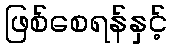
ဖြစ်စေရန်နှင့်